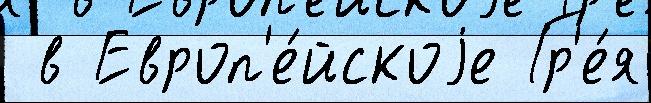
 в Европ'е́йскоjе Гр'е́я